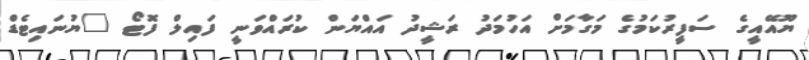
ޔޫއޭއީގެ ސަފީރުކަމުގެ މަގާމަށް އަހުމަދު ރަޝީދު އައްޔަން ކުރައްވަނީ ފައިލް ފޮޓޯ "ޔުނައިޓެޑް